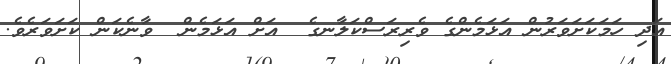
އަދި ހަމަކަށަވަރުން އަޅަމެންގެ ވެރިރަސްކަލާނގެ  އަށް އަޅަމެން  ވާނެކަން ކަށަވަރެވެ.